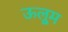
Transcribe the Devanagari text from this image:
ऊलूम